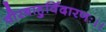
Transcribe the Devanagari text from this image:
वीरबाहुर्विदारणः।।